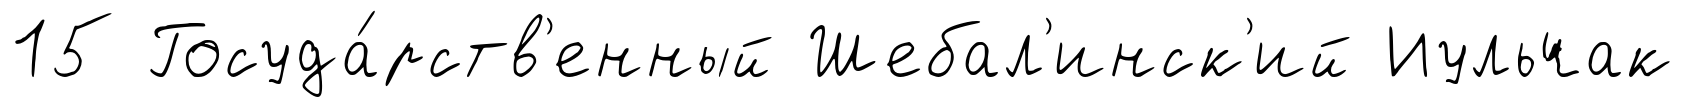
15 Госуда́рств'енный Шебал'инск'ий Иульчак